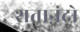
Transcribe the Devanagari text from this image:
शतानंदो